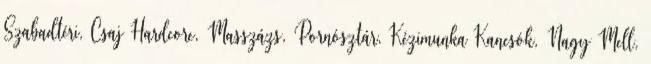
Szabadtéri, Csaj Hardcore, Masszázs, Pornósztár, Kézimunka Kancsók, Nagy Mell,